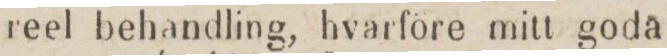
reel behandling, hvarföre mitt goda